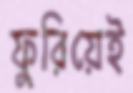
ফুরিয়েই